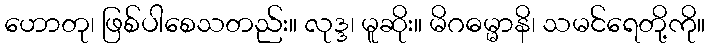
ဟောတု၊ ဖြစ်ပါစေသတည်း။ လုဒ္ဒ၊ မူဆိုး။ မိဂဓမ္မာနိ၊ သမင်ရေတို့ကို။